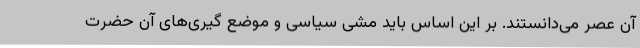
آن عصر می‌دانستند. بر این اساس باید مشی سیاسی و موضع گیری‌های آن حضرت